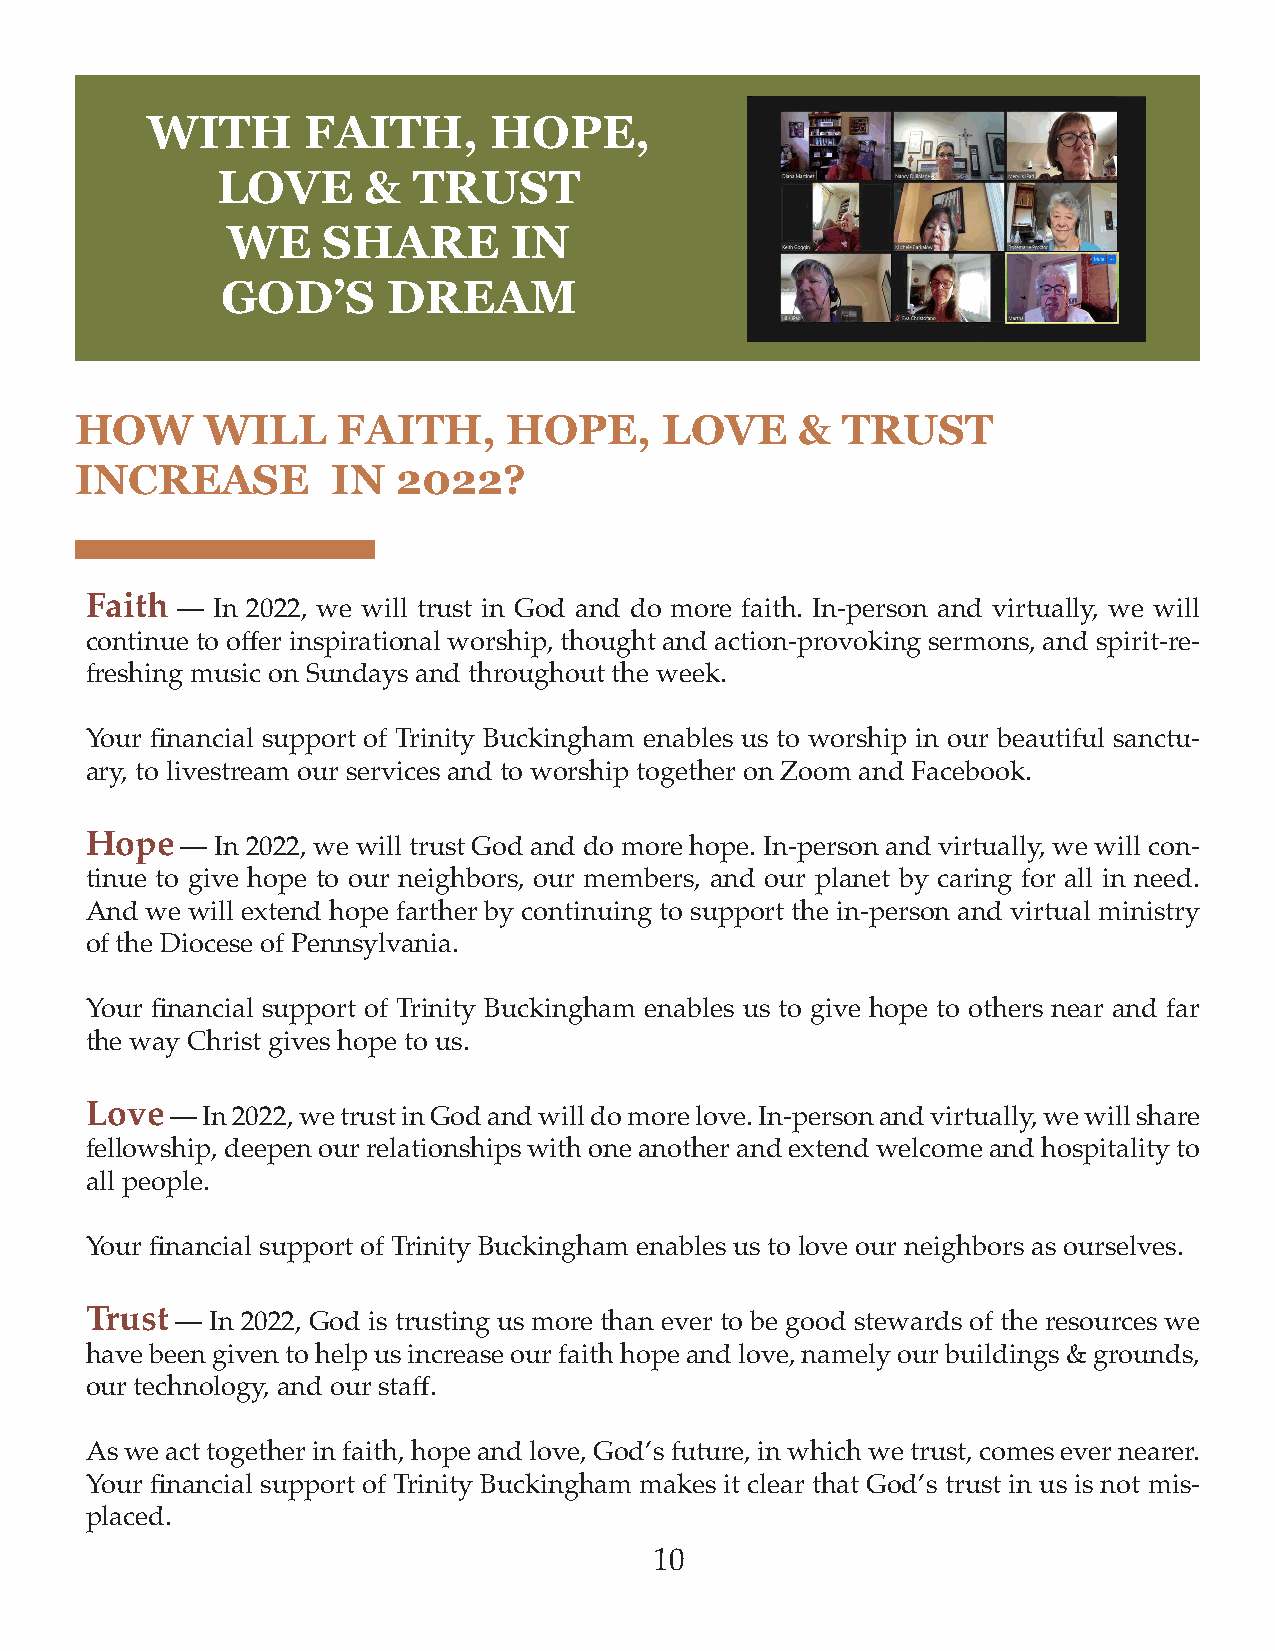
WITH      FAITH,      HOPE,
 LOVE      &  TRUST
 WE    SHARE        IN
 GOD’S      DREAM
 HOW      WILL    FAITH,      HOPE,     LOVE     &  TRUST
 INCREASE         IN  2022?
 Faith — In 2022, we will trust in God and do more faith. In-person and virtually, we will
 continue to offer inspirational worship, thought and action-provoking sermons, and spirit-re-
 freshing music on Sundays and throughout the week.
 Your financial support of Trinity Buckingham enables us to worship in our beautiful sanctu-
 ary, to livestream our services and to worship together on Zoom and Facebook.
 Hope  — In 2022, we will trust God and do more hope. In-person and virtually, we will con-
 tinue to give hope to our neighbors, our members, and our planet by caring for all in need.
 And we will extend hope farther by continuing to support the in-person and virtual ministry
 of the Diocese of Pennsylvania.
 Your financial support of Trinity Buckingham enables us to give hope to others near and far
 the way Christ gives hope to us.
 Love — In 2022, we trust in God and will do more love. In-person and virtually, we will share
 fellowship, deepen our relationships with one another and extend welcome and hospitality to
 all people.
 Your financial support of Trinity Buckingham enables us to love our neighbors as ourselves.
 Trust — In 2022, God is trusting us more than ever to be good stewards of the resources we
 have been given to help us increase our faith hope and love, namely our buildings & grounds,
 our technology, and our staff.
 As we act together in faith, hope and love, God’s future, in which we trust, comes ever nearer.
 Your financial support of Trinity Buckingham makes it clear that God’s trust in us is not mis-
 placed.
 10